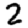
Digit: 2